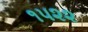
૧૫૨૨